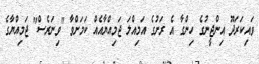
ވައިކަރަދޫ އިންޖީނުގެ ހިންގާ އެ ރަށުގެ އަމިއްލަ ޖަމިއްޔާއެއް ކަމަށްވާ "ވިނަރެސް" ޖަމިއްޔާގެ